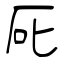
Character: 厑